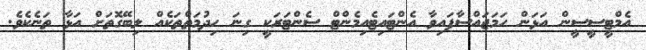
އެމްޓީސީސީން އަޅަން ހަމަޖައްސާފައިވާ އެންޓައިޓެއިމެންޓް ސެންޓަރަކީ ގިނަ ހިދުމަތްތަކެއް ލިބޭގޮތަށް އަޅާ ތަނެކެވެ.